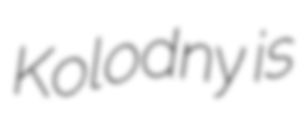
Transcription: Kolodny is